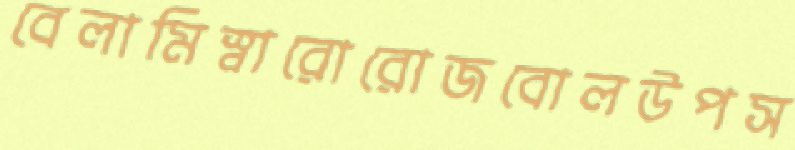
বেলামিস্বারোরোজবোলউপস